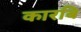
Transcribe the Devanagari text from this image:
कारबि